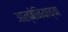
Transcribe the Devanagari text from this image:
आल्बेनियाच्या